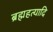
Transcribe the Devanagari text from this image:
ब्रह्महत्यादि